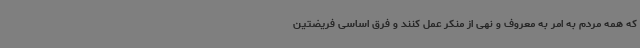
که همه مردم به امر به معروف و نهی از منکر عمل کنند و فرق اساسی فریضتین